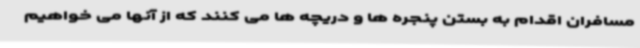
مسافران اقدام به بستن پنجره ها و دریچه ها می کنند که از آنها می خواهیم